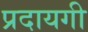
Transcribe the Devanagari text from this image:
प्रदायगी